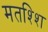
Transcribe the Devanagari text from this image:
मतश्शि